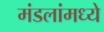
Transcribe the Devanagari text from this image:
मंडलांमध्ये